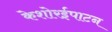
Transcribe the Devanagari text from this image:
केशोरईपाटन